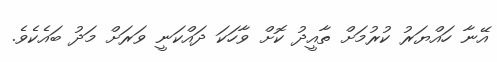
އޭނާ ހައްޔަރު ކުރުމަށް ތާއީދު ކޮށް ވާހަކަ ދައްކަނީ ވަރަށް މަދު ބައެކެވެ.